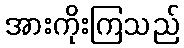
အားကိုးကြသည်